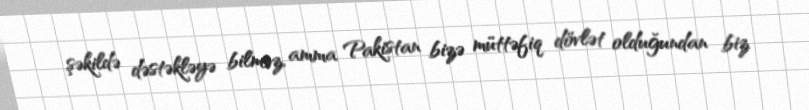
şəkildə dəstəkləyə bilməz, amma Pakistan bizə müttəfiq dövlət olduğundan biz